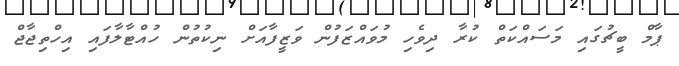
ޕާމް ބީޗުގައި މަސައްކަތް ކުރާ ދިވެހި މުވައްޒަފުން ވަޒީފާއަށް ނިކުތުން ހުއްޓާލާފައި އިހްތިޖާޖް